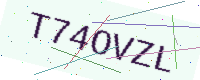
Text: T74OVZL